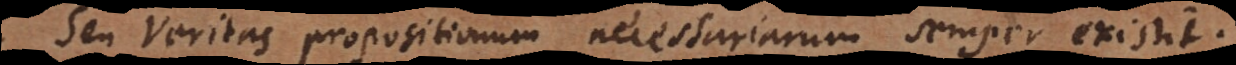
Seu Veritas propositionum necessariarum semper existit.